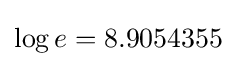
\log e=8.9054355